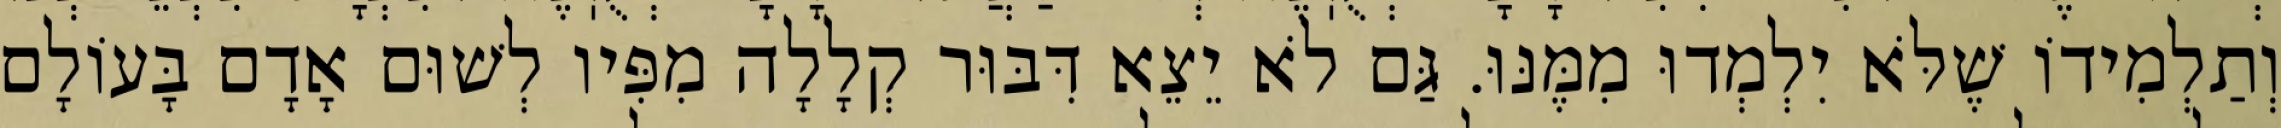
וְתַלְמִידוֹ שֶׁלֹּא יִלְמְדוּ מִמֶּנּוּ. גַּם לֹא יֵצֵא דִּבּוּר קְלָלָה מִפִּיו לְשׁוּם אָדָם בָּעוֹלָם